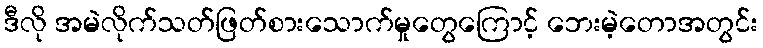
ဒီလို အမဲလိုက်သတ်ဖြတ်စားသောက်မှုတွေကြောင့် ဘေးမဲ့တောအတွင်း